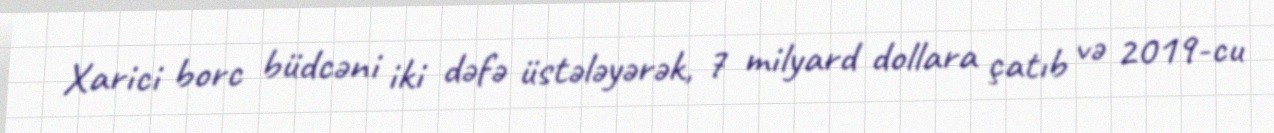
Xarici borc büdcəni iki dəfə üstələyərək, 7 milyard dollara çatıb və 2019-cu